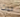
حدث